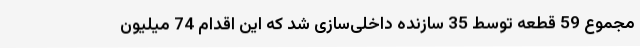
مجموع 59 قطعه توسط 35 سازنده داخلی‌سازی شد که این اقدام 74 میلیون